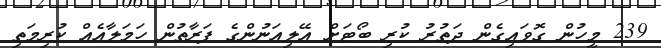
239 މީހުން ގޮވައިގެން ދަތުރު ކުރި ބޯޓަށް އޭލިއަނުންގެ ފަރާތުން ހަމަލާއެއް ކުރިމަތި